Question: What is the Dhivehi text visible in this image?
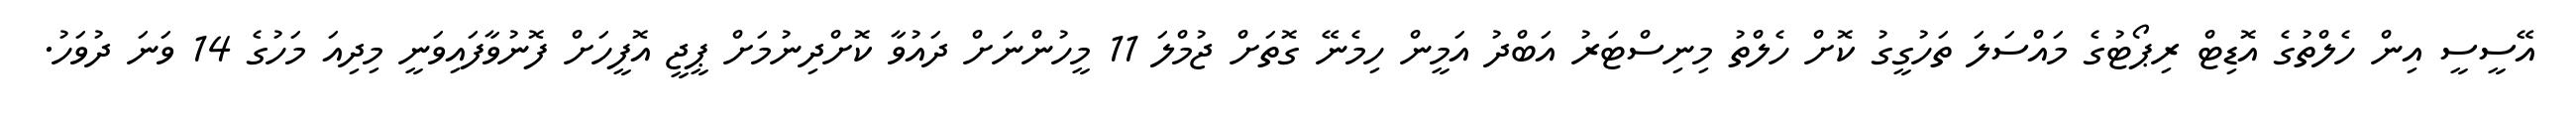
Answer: އޭސީސީ އިން ހެލްތުގެ އޮޑިޓް ރިޕޯޓުގެ މައްސަލަ ތަހުގީގު ކޮށް ހެލްތު މިނިސްޓަރު އަބްދު އަމީން ހިމެނޭ ގޮތަށް ޖުމްލަ 11 މީހުންނަށް ދައުވާ ކޮށްދިނުމަށް ޕީޖީ އޮފީހަށް ފޮނުވާފައިވަނީ މިދިއަ މަހުގެ 14 ވަނަ ދުވަހު.